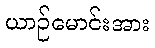
ယာဉ်မောင်းအား